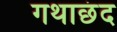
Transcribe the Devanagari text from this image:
गथाछंद